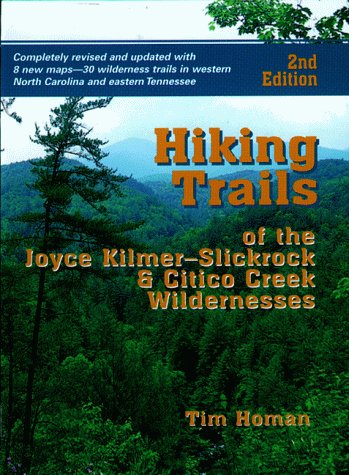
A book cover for Hiking Trails of the Joyce Kilmer-Slickrock and Citco Creek Wildernesses; Tim Homan; Travel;